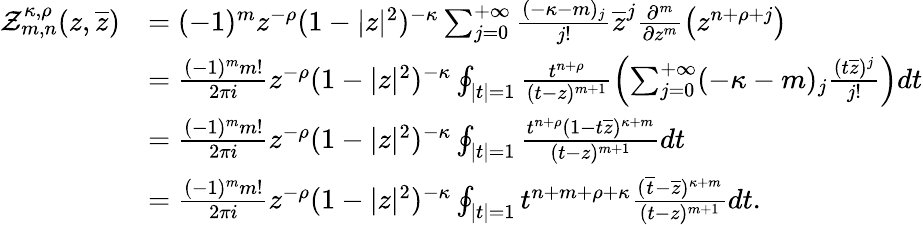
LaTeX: \begin{array}{rl}{\mathcal{Z}_{m,n}^{\kappa,\rho}(z,\overline{{z}})}&{=(-1)^{m}z^{-\rho}(1-|z|^{2})^{-\kappa}\sum_{j=0}^{+\infty}\frac{(-\kappa-m)_{j}}{j!}\overline{{z}}^{j}\frac{\partial^{m}}{\partial z^{m}}\left(z^{n+\rho+j}\right)}\\ &{=\frac{(-1)^{m}m!}{2\pi i}z^{-\rho}(1-|z|^{2})^{-\kappa}\oint_{\mid t\mid=1}\frac{t^{n+\rho}}{(t-z)^{m+1}}\left(\sum_{j=0}^{+\infty}(-\kappa-m)_{j}\frac{(t\overline{{z}})^{j}}{j!}\right)dt}\\ &{=\frac{(-1)^{m}m!}{2\pi i}z^{-\rho}(1-|z|^{2})^{-\kappa}\oint_{\mid t\mid=1}\frac{t^{n+\rho}(1-t\overline{{z}})^{\kappa+m}}{(t-z)^{m+1}}dt}\\ &{=\frac{(-1)^{m}m!}{2\pi i}z^{-\rho}(1-|z|^{2})^{-\kappa}\oint_{\mid t\mid=1}t^{n+m+\rho+\kappa}\frac{(\overline{{t}}-\overline{{z}})^{\kappa+m}}{(t-z)^{m+1}}dt.}\end{array}